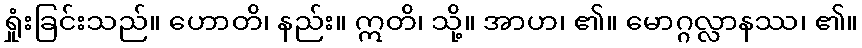
ရှုံးခြင်းသည်။ ဟောတိ၊ နည်း။ ဣတိ၊ သို့။ အာဟ၊ ၏။ မောဂ္ဂလ္လာနဿ၊ ၏။